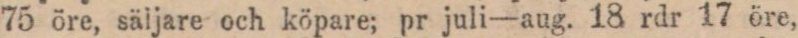
75 öre, säljare och köpare; pr juli—aug. 18 rdr 17 öre,